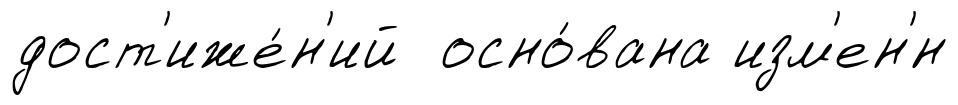
дост'иже́н'ий осно́вана изм'ен'́н